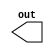
module cont_source_arrayed_sig(
	output [7:0] out
);
	
	wire [1:0] in [0:3];

	assign out[1:0] = in[0];
	assign out[3:2] = in[1];
	assign out[5:4] = in[2];
	assign out[7:6] = in[3];

endmodule